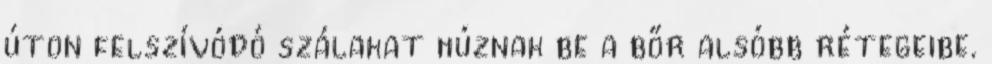
úton felszívódó szálakat húznak be a bőr alsóbb rétegeibe.